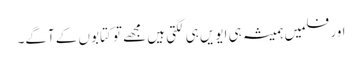
اور فلمیں ہمیشہ ہی ایویں ہی لگتی ہیں مجھے تو کتابوں کے آگے۔